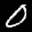
Label: 0